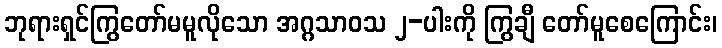
ဘုရားရှင်ကြွတော်မမူလိုသော အဂ္ဂသာဝသ ၂-ပါးကို ကြွချီ တော်မူစေကြောင်း၊